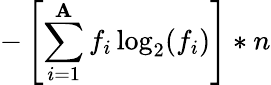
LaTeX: -\left[\sum_{i=1}^{\mathbf{A}}f_{i}\log_{2}(f_{i})\right]*n